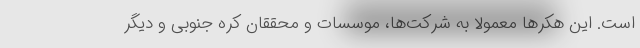
است. این هکرها معمولا به شرکت‌ها، موسسات و محققان کره جنوبی و دیگر